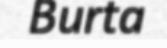
Burta